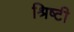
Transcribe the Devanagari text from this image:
श्रिष्टी